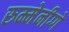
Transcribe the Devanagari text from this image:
रुम्मेनीग्गे